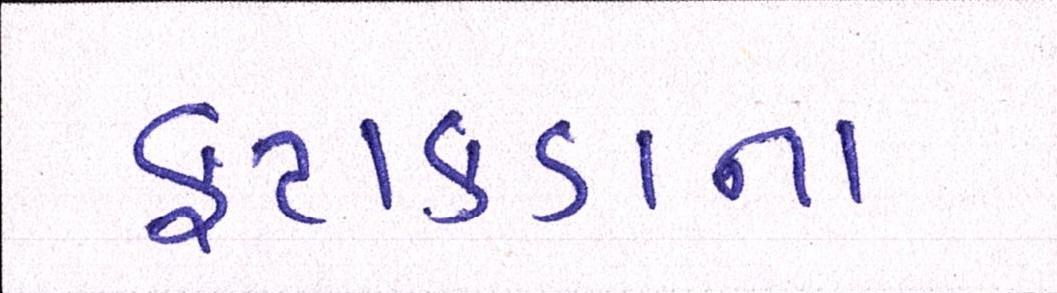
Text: ફટાકડાના